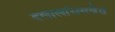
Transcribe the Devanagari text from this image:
दलालांसमवेत